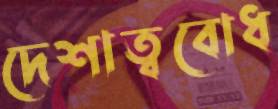
দেশাত্ববোধ